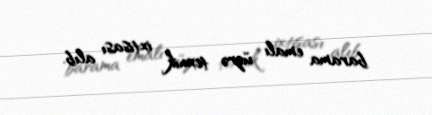
barama emalı üzrə texnik ixtisası alıb.